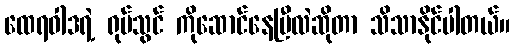
ထေရဝါဒရဲ့ ရုပ်သွင် ကိုဆောင်နေပြီလဲဆိုတာ သိသာနိုင်ပါတယ်။